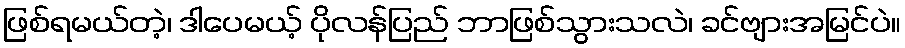
ဖြစ်ရမယ်တဲ့၊ ဒါပေမယ့် ပိုလန်ပြည် ဘာဖြစ်သွားသလဲ၊ ခင်ဗျားအမြင်ပဲ။